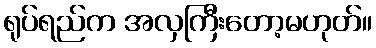
ရုပ်ရည်က အလှကြီးတော့မဟုတ်။